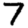
Digit: 7